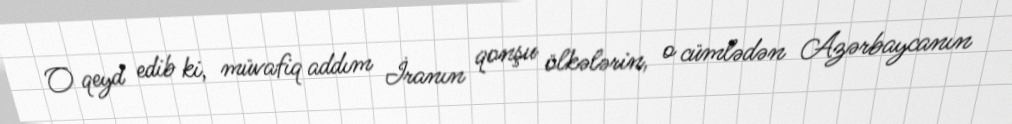
O qeyd edib ki, müvafiq addım İranın qonşu ölkələrin, o cümlədən Azərbaycanın